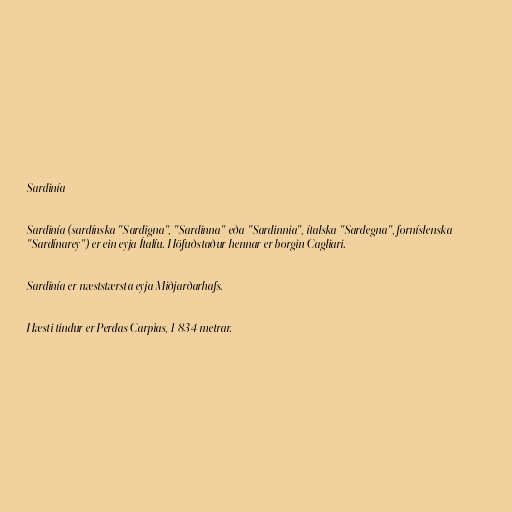
Sardinía

Sardinía (sardínska "Sardigna", "Sardinna" eða "Sardinnia", ítalska "Sardegna", forníslenska
"Sardínarey") er ein eyja Ítalíu. Höfuðstaður hennar er borgin Cagliari.

Sardinía er næststærsta eyja Miðjarðarhafs.

Hæsti tindur er Perdas Carpìas, 1 834 metrar.